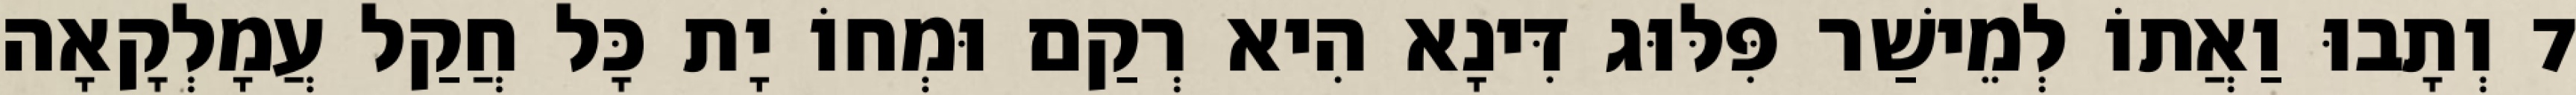
7 וְתָבוּ וַאֲתוֹ לְמֵישַׁר פִּלּוּג דִּינָא הִיא רְקַם וּמְחוֹ יָת כָּל חֲקַל עֲמָלְקָאָה